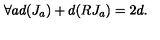
\forall a d ( J _ { a } ) + d ( R J _ { a } ) = 2 d .